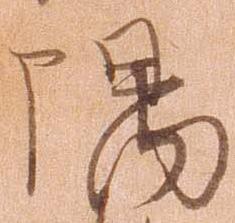
隅